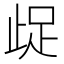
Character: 𭭤